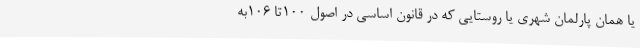
یا همان پارلمان شهری یا روستایی که در قانون اساسی در اصول ۱۰۰تا ۱۰۶به